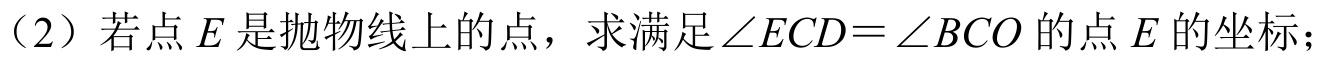
（2）若点\(E\)是抛物线上的点，求满足\(\angle ECD=\angle BCO\)的点\(E\)的坐标；